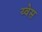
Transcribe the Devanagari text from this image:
य्वेस